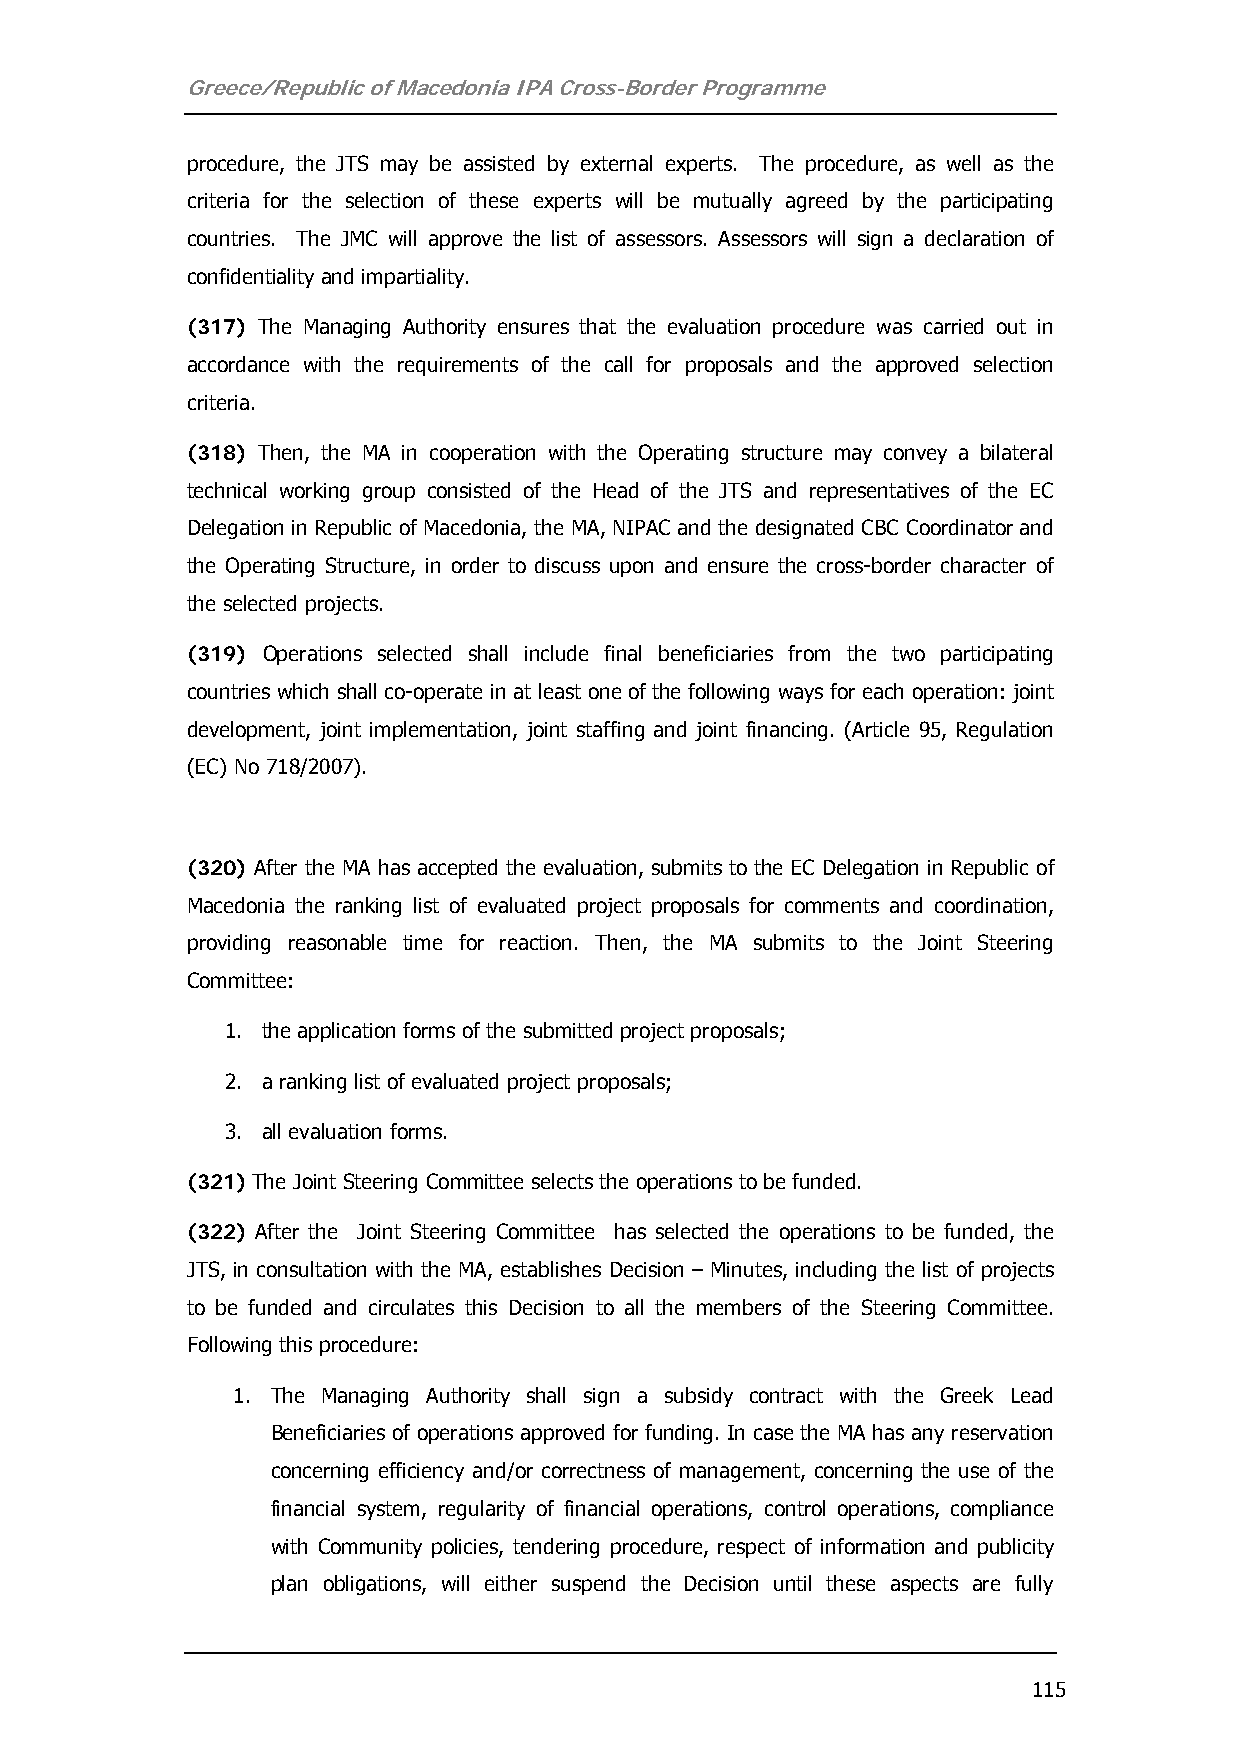
Greece/Republic of Macedonia IPA Cross-Border Programme
 procedure, the JTS may be assisted by external experts. The procedure, as well as the
 criteria for the selection of these experts will be mutually agreed by the participating
 countries. The JMC will approve the list of assessors. Assessors will sign a declaration of
 confidentiality and impartiality.
 (317) The Managing Authority ensures that the evaluation procedure was carried out in
 accordance with the requirements of the call for proposals and the approved selection
 criteria.
 (318) Then, the MA in cooperation with the Operating structure may convey a bilateral
 technical working group consisted of the Head of the JTS and representatives of the EC
 Delegation in Republic of Macedonia, the MA, NIPAC and the designated CBC Coordinator and
 the Operating Structure, in order to discuss upon and ensure the cross-border character of
 the selected projects.
 (319) Operations selected shall include final beneficiaries from the two participating
 countries which shall co-operate in at least one of the following ways for each operation: joint
 development, joint implementation, joint staffing and joint financing. (Article 95, Regulation
 (EC) No 718/2007).
 (320) After the MA has accepted the evaluation, submits to the EC Delegation in Republic of
 Macedonia the ranking list of evaluated project proposals for comments and coordination,
 providing reasonable time for reaction. Then, the MA submits to the Joint Steering
 Committee:
 1. the application forms of the submitted project proposals;
 2. a ranking list of evaluated project proposals;
 3. all evaluation forms.
 (321) The Joint Steering Committee selects the operations to be funded.
 (322) After the Joint Steering Committee has selected the operations to be funded, the
 JTS, in consultation with the MA, establishes Decision – Minutes, including the list of projects
 to be funded and circulates this Decision to all the members of the Steering Committee.
 Following this procedure:
 1. The Managing Authority shall sign a subsidy contract with the Greek Lead
 Beneficiaries of operations approved for funding. In case the MA has any reservation
 concerning efficiency and/or correctness of management, concerning the use of the
 financial system, regularity of financial operations, control operations, compliance
 with Community policies, tendering procedure, respect of information and publicity
 plan obligations, will either suspend the Decision until these aspects are fully
 115